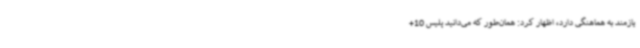
یازمند به هماهنگی دارد، اظهار کرد: همان‌طور که می‌دانید پلیس 10+